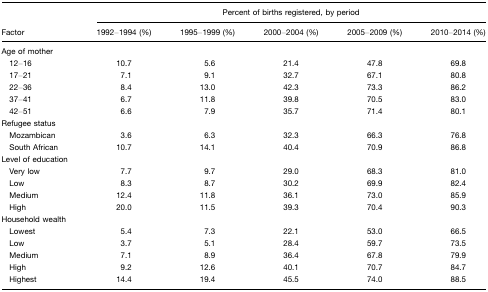
|  | <COLSPAN=5> Percent of births registered, by period |
 | Factor | 1992–1994 (%) | 1995–1999 (%) | 2000–2004 (%) | 2005–2009 (%) | 2010–2014 (%) |
 | --- | --- | --- | --- | --- | --- |
 | Age of mother |  |  |  |  |  |
 | 12–16 | 10.7 | 5.6 | 21.4 | 47.8 | 69.8 |
 | 17–21 | 7.1 | 9.1 | 32.7 | 67.1 | 80.8 |
 | 22–36 | 8.4 | 13.0 | 42.3 | 73.3 | 86.2 |
 | 37–41 | 6.7 | 11.8 | 39.8 | 70.5 | 83.0 |
 | 42–51 | 6.6 | 7.9 | 35.7 | 71.4 | 80.1 |
 | Refugee status |  |  |  |  |  |
 | Mozambican | 3.6 | 6.3 | 32.3 | 66.3 | 76.8 |
 | South African | 10.7 | 14.1 | 40.4 | 70.9 | 86.8 |
 | Level of education |  |  |  |  |  |
 | Very low | 7.7 | 9.7 | 29.0 | 68.3 | 81.0 |
 | Low | 8.3 | 8.7 | 30.2 | 69.9 | 82.4 |
 | Medium | 12.4 | 11.8 | 36.1 | 73.0 | 85.9 |
 | High | 20.0 | 11.5 | 39.3 | 70.4 | 90.3 |
 | Household wealth |  |  |  |  |  |
 | Lowest | 5.4 | 7.3 | 22.1 | 53.0 | 66.5 |
 | Low | 3.7 | 5.1 | 28.4 | 59.7 | 73.5 |
 | Medium | 7.1 | 8.9 | 36.4 | 67.8 | 79.9 |
 | High | 9.2 | 12.6 | 40.1 | 70.7 | 84.7 |
 | Highest | 14.4 | 19.4 | 45.5 | 74.0 | 88.5 |